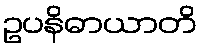
ဥပနိဓာယာတိ